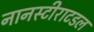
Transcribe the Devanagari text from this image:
नानस्टीराटडल